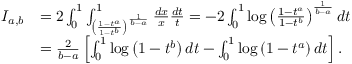
\begin{array} { r l } { I _ { a , b } } & { = 2 \int _ { 0 } ^ { 1 } \int _ { \left( \frac { 1 - t ^ { a } } { 1 - t ^ { b } } \right) ^ { \frac { 1 } { b - a } } } ^ { 1 } \frac { d x } { x } \frac { d t } { t } = - 2 \int _ { 0 } ^ { 1 } \log \left( \frac { 1 - t ^ { a } } { 1 - t ^ { b } } \right) ^ { \frac { 1 } { b - a } } d t } \\ & { = \frac { 2 } { b - a } \left[ \int _ { 0 } ^ { 1 } \log \left( 1 - t ^ { b } \right) d t - \int _ { 0 } ^ { 1 } \log \left( 1 - t ^ { a } \right) d t \right] . } \end{array}